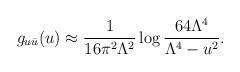
LaTeX: \begin{align*}g_{u\bar{u}}(u) \approx \frac{1}{16\pi^2 \Lambda^2}\log\frac{64\Lambda^4}{\Lambda^4-u^2}.\end{align*}